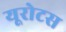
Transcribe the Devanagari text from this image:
यूरोटस